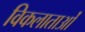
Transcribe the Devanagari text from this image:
विकलाताओं